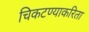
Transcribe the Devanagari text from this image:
चिकटण्याकरिता